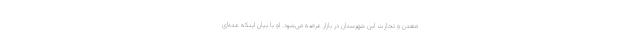
معدن و تجارت این شهرستان در بازار عرضه می‌شود. او با بیان اینکه عده‌ای